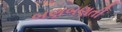
બણબણતી